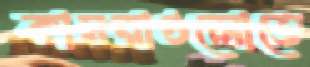
কামরাগুলোতে